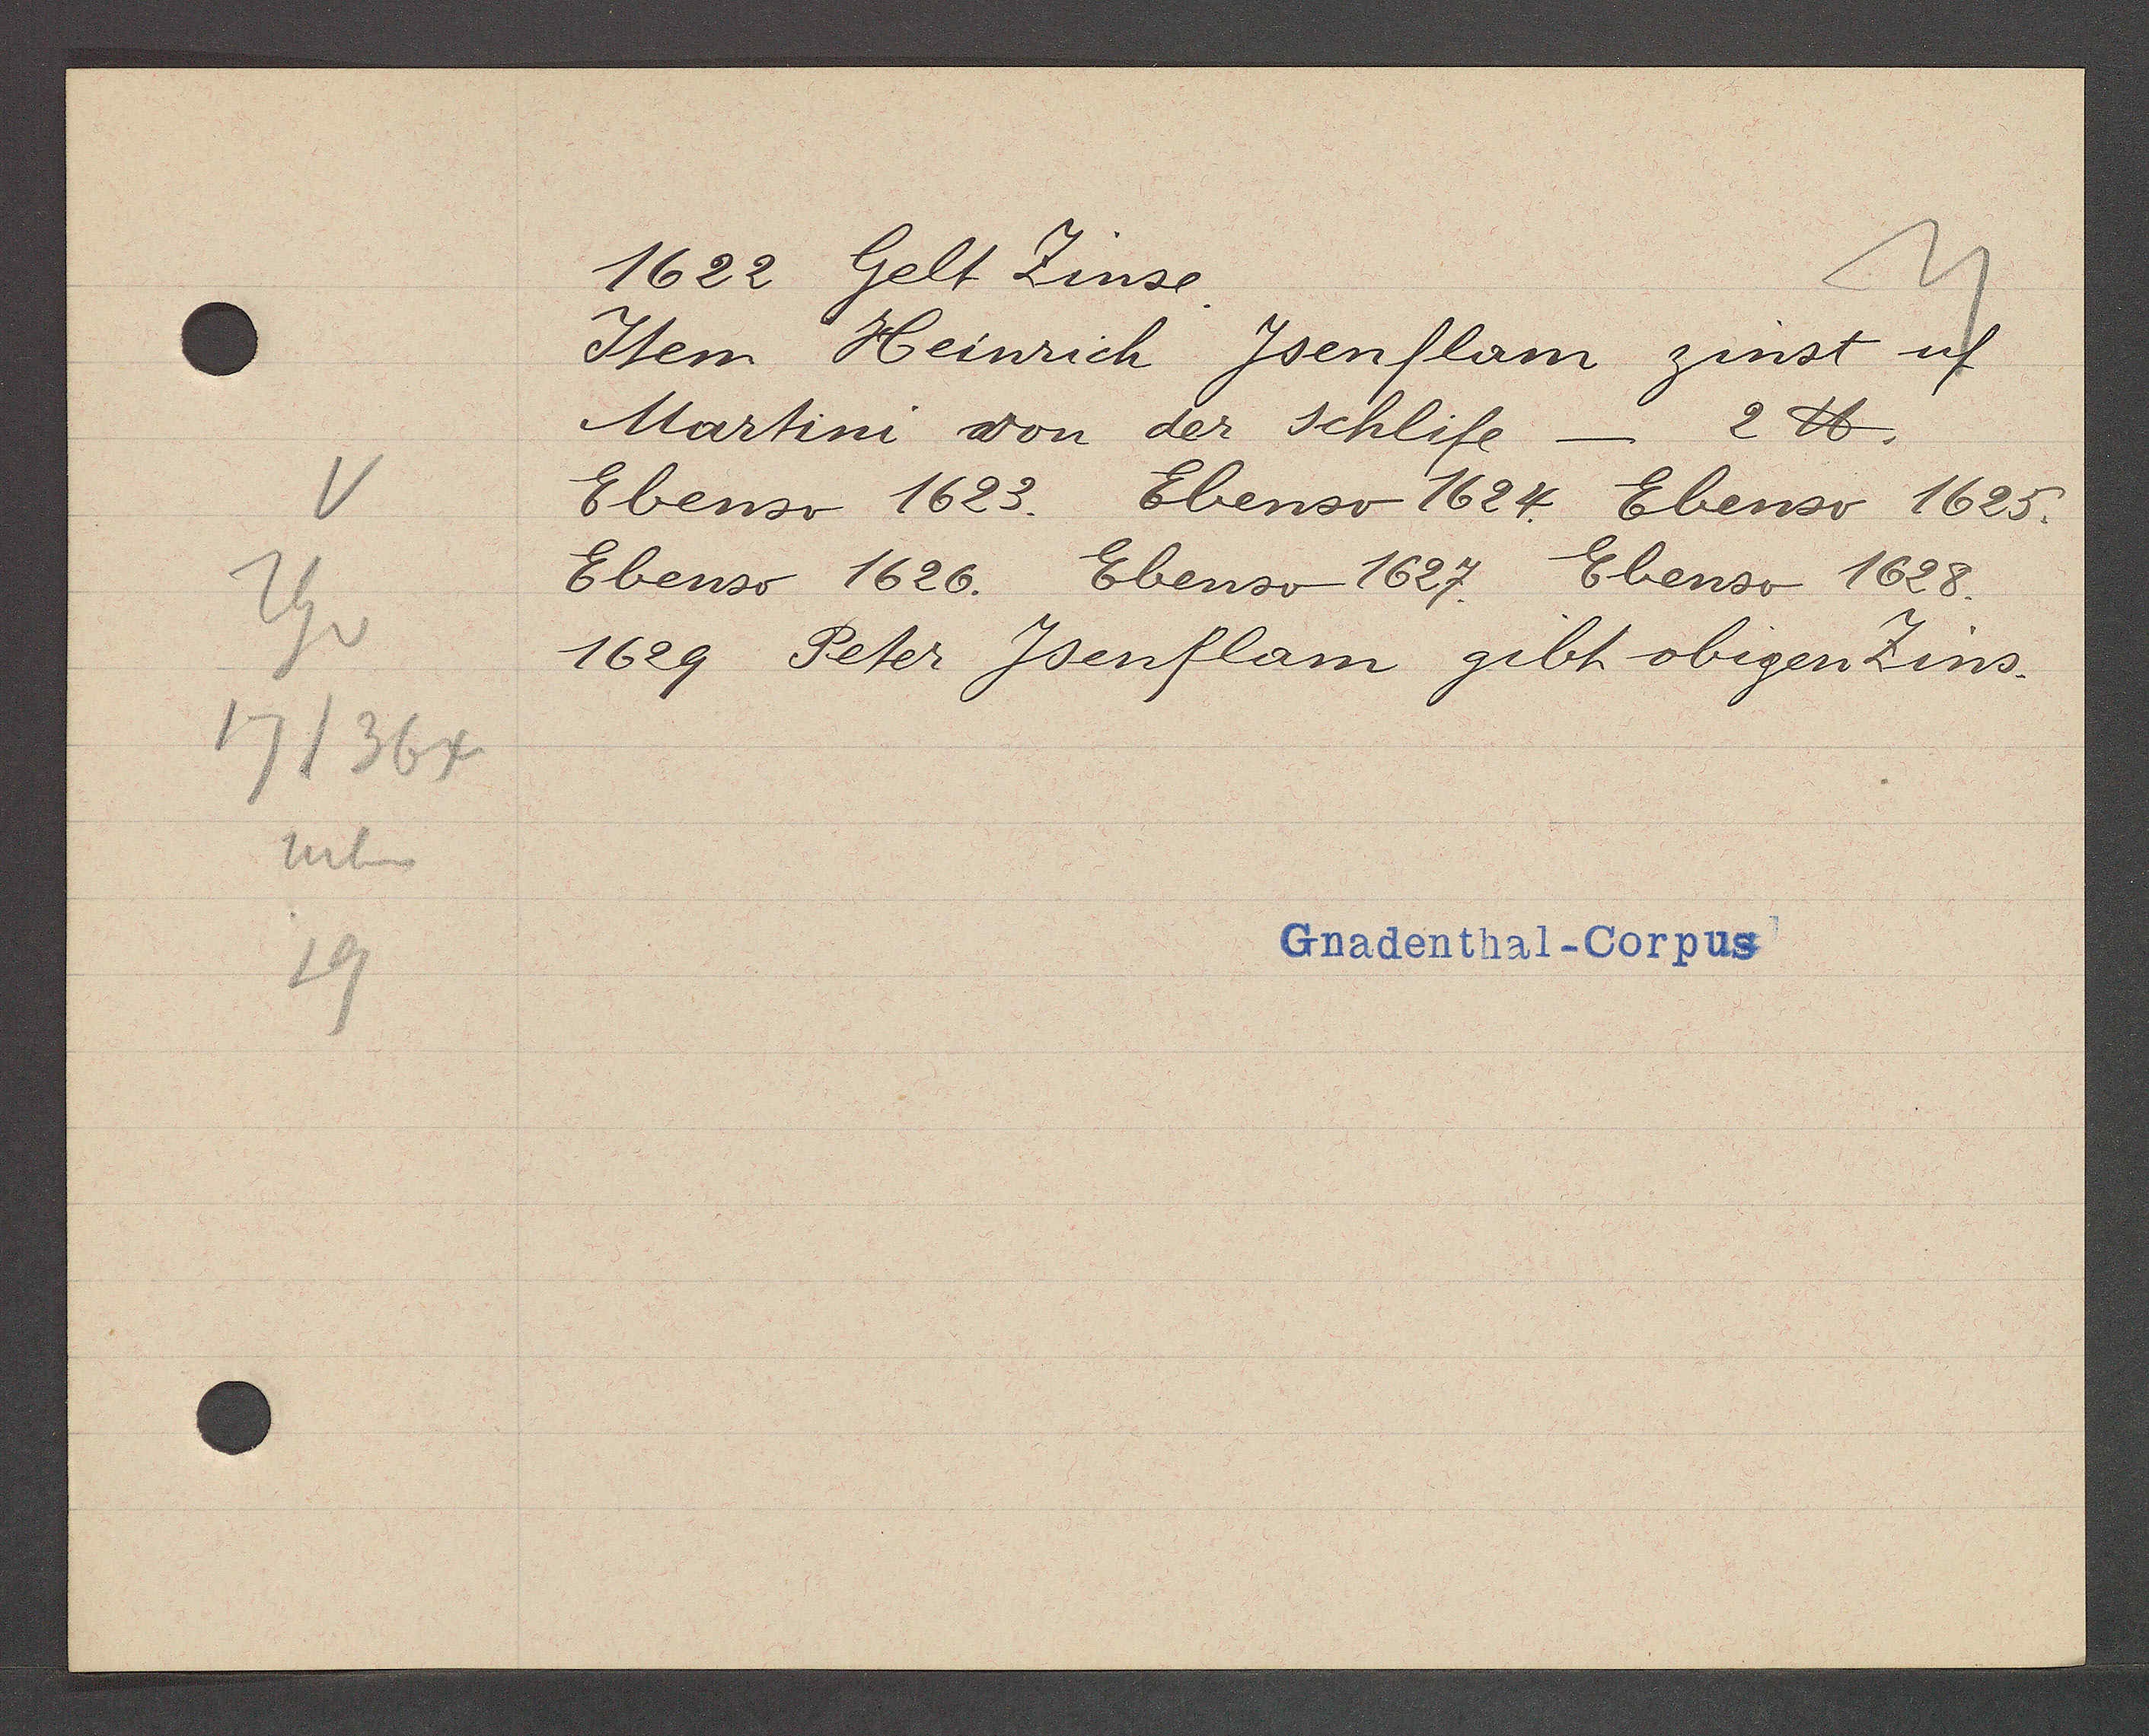
Transcript:
Th v
17/364
neben
19

1622 Gelt Zinse.

Item Heinrich Jsenflam zinst uf
Martini von der schlife — 2 ℔.
Ebenso 1623. Ebenso 1624. Ebenso 1625.
Ebenso 1626. Ebenso 1627. Ebenso 1628.
1629. Peter Jsenflam gibt obigen Zins.

Gnadenthal-Corpus